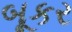
બૂકર